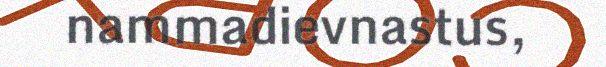
nammadievnastus,